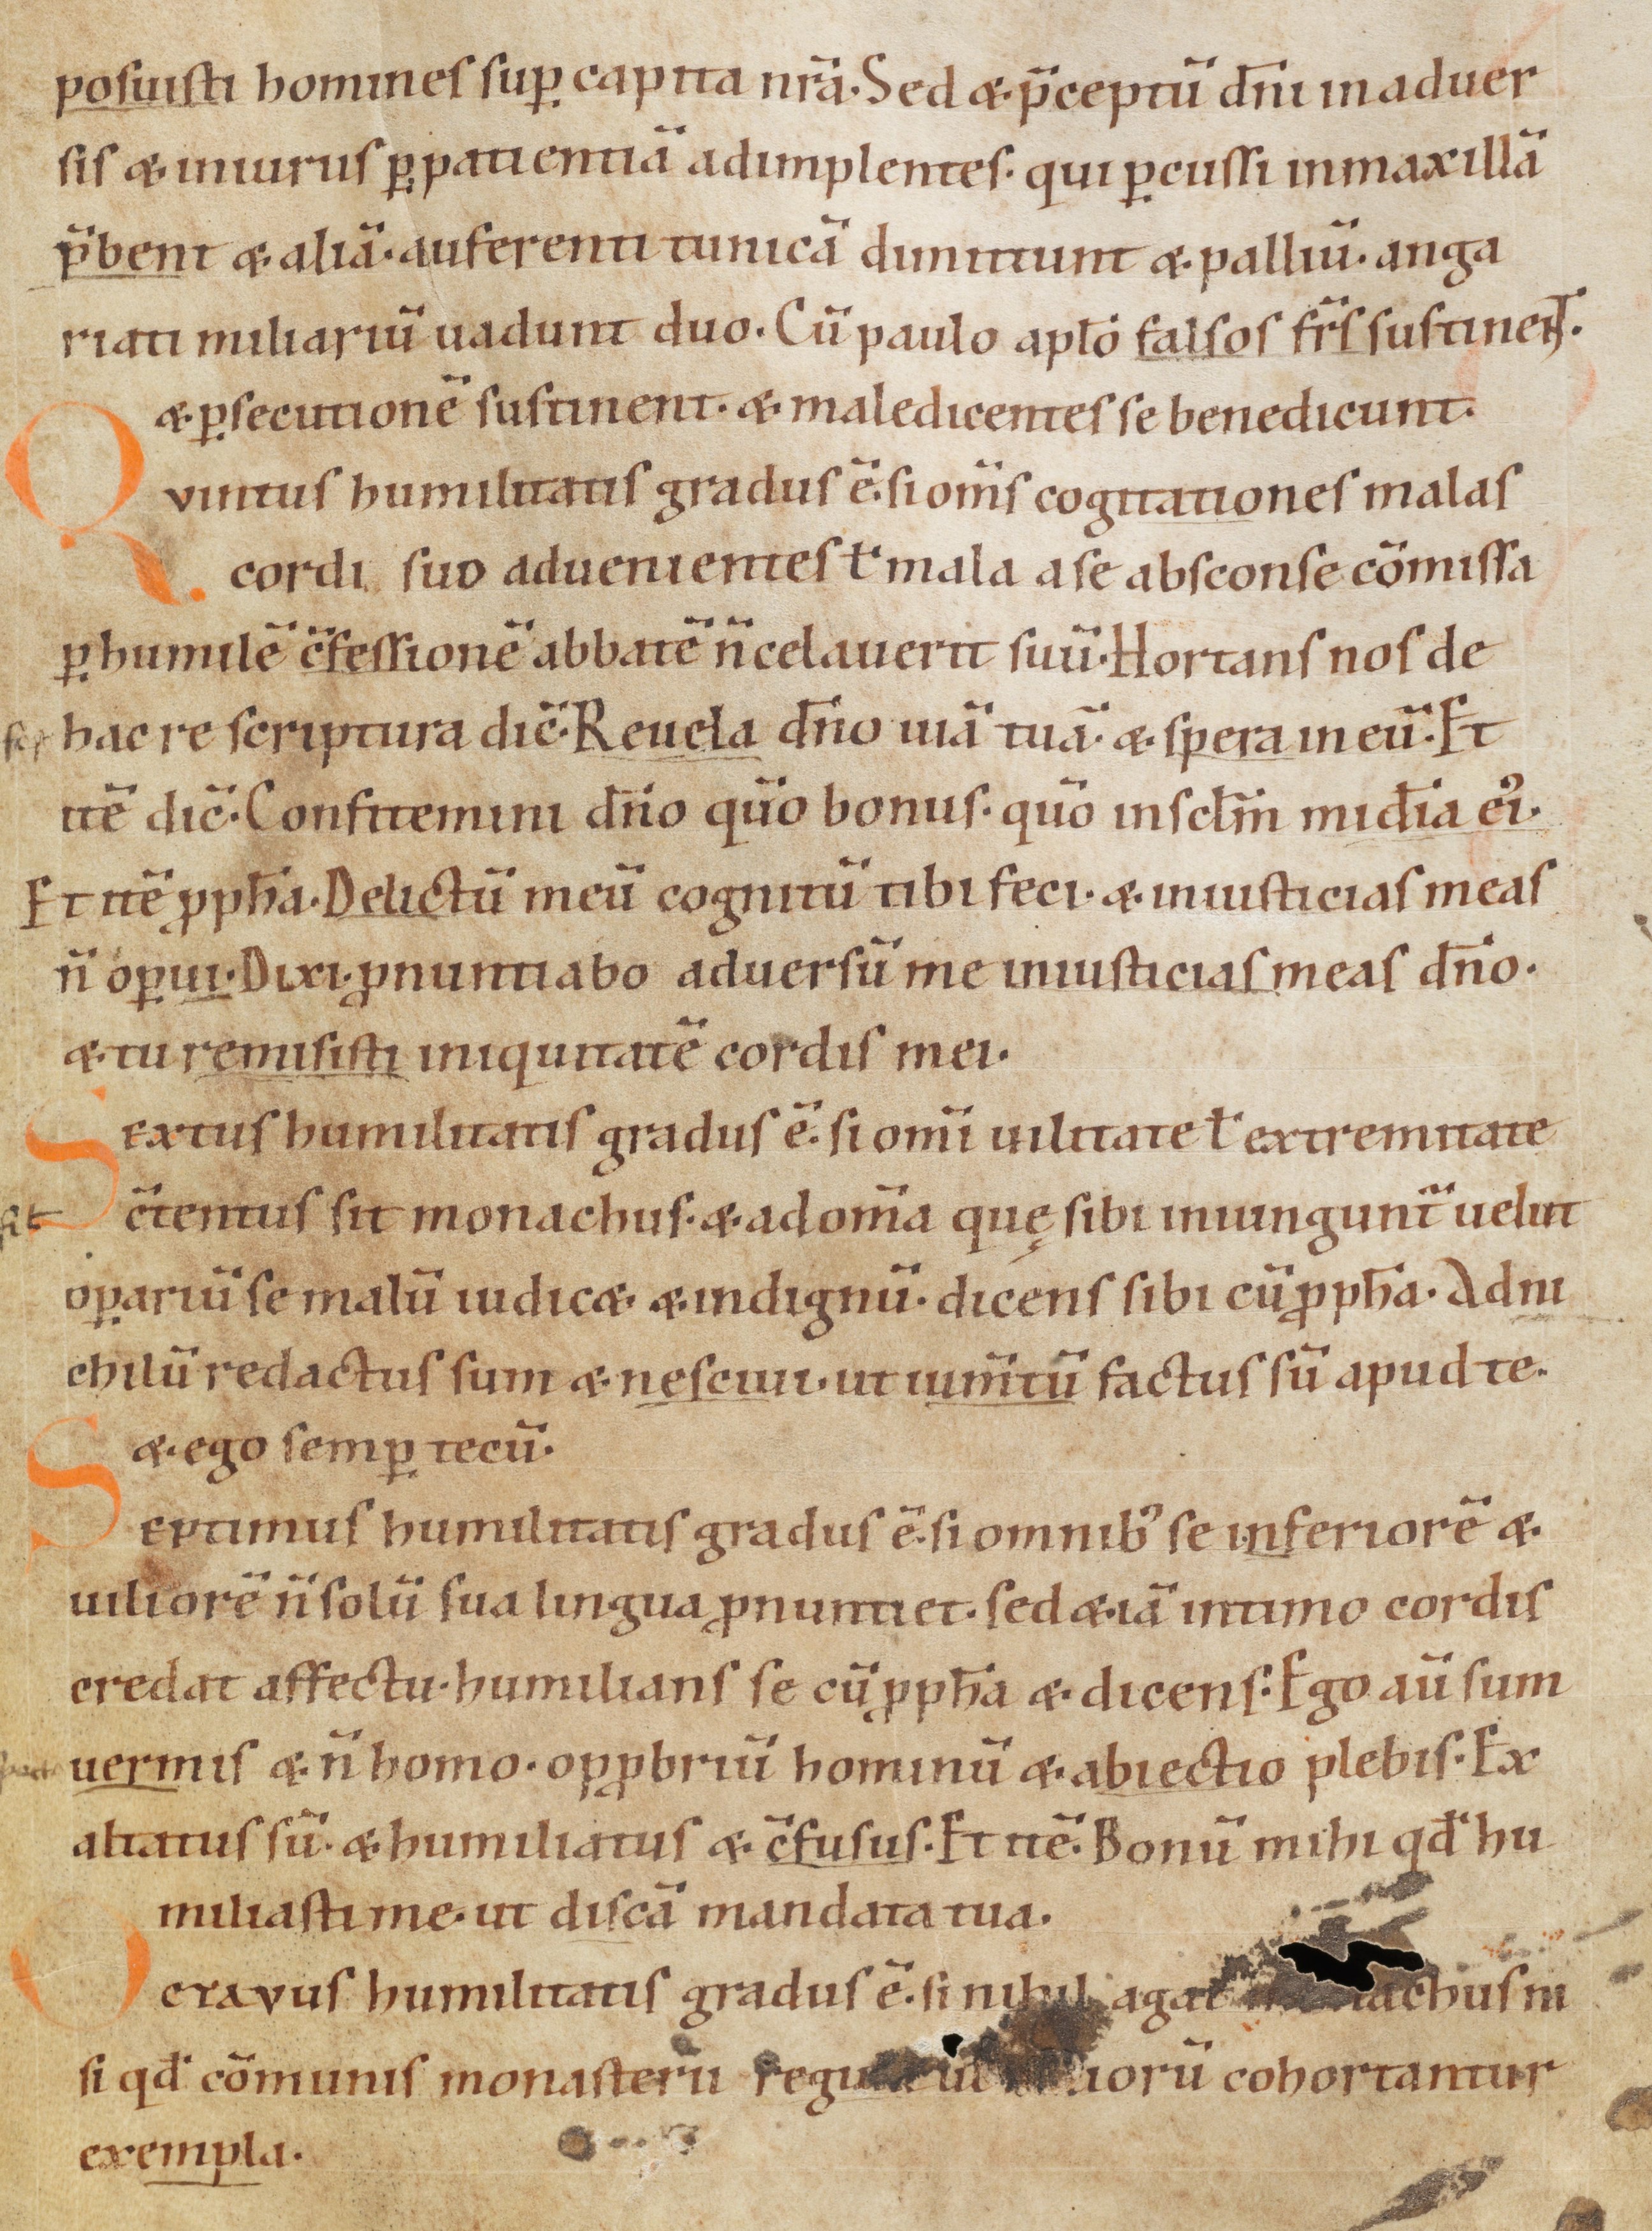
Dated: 1070–1099